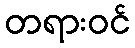
တရားဝင်